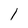
Character: 1